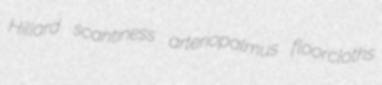
Hillard scantiness arteriopalmus floorcloths